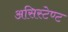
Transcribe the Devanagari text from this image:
असिस्टेण्ट